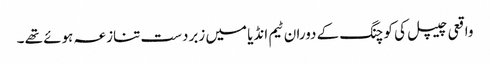
واقعی چیپل کی کوچنگ کے دوران ٹیم انڈیا میں زبردست تنازعہ ہوئے تھے ۔